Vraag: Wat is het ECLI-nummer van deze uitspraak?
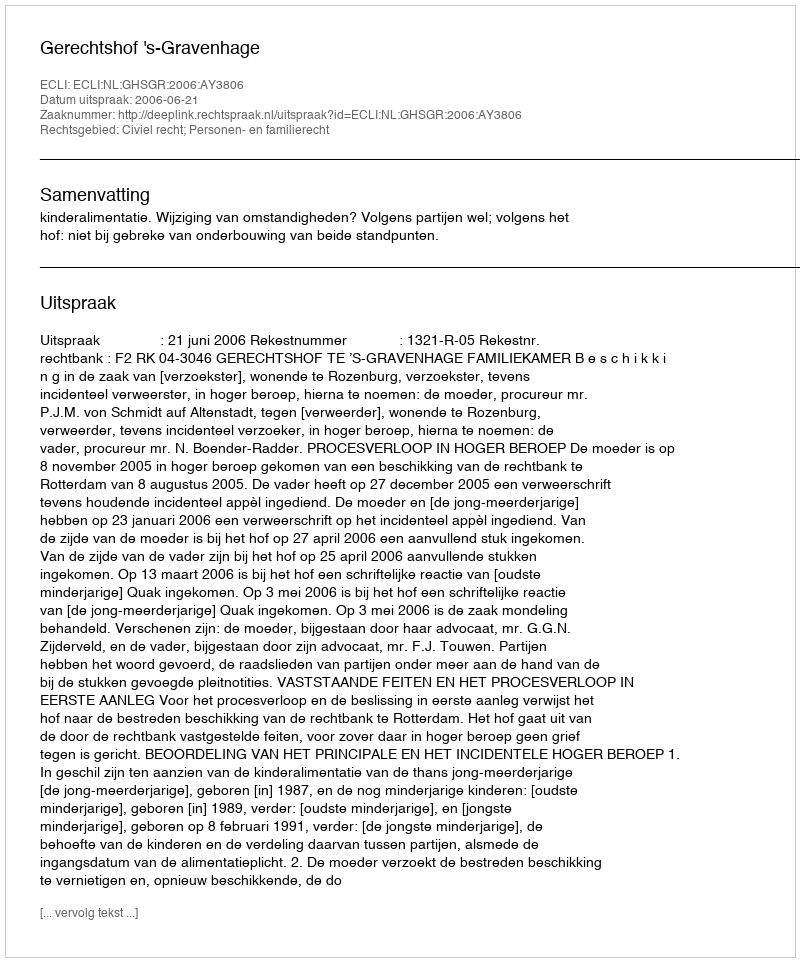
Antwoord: ECLI:NL:GHSGR:2006:AY3806